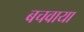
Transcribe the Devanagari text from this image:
बचवाया